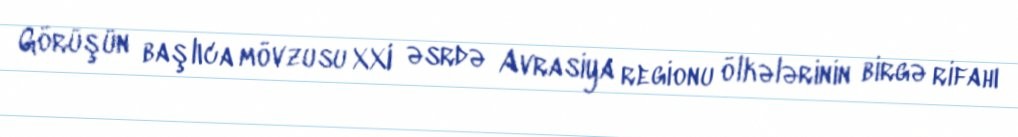
Görüşün başlıca mövzusu XXI əsrdə Avrasiya regionu ölkələrinin birgə rifahı